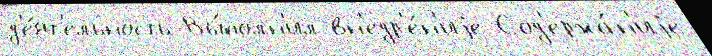
д'е́ят'ельность Вы́полн'ил вн'едр'е́н'иjе Сод'ержа́н'иjе